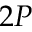
2 P